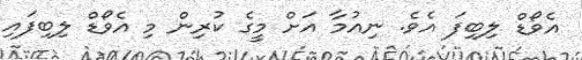
އެވޯޑް ލިބިފަ އެވެ. ނިއުމާ އަށް މީގެ ކުރިން މި އެވޯޑް ލިބިފައި